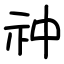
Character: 祌